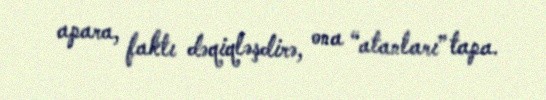
apara, faktı dəqiqləşdirə, ona “atanları” tapa.